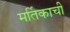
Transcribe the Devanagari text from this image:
मर्तिकाची